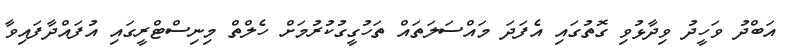
އަބްދު ވަހީދު ވިދާޅުވި ގޮތުގައި އެފަދަ މައްސަލަތައް ތަހުގީގުކުރުމަށް ހެލްތް މިނިސްޓްރީގައި އުފައްދާފައިވާ